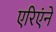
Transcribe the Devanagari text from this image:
एरिएंने